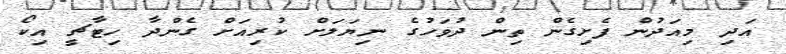
އަދި މިއަދުން ފެށިގެން ތިން ދުވަހުގެ ނިޔަލަށް ކުރިއަށް ގެންދާ ހިޓާޗީ އިކޯ